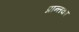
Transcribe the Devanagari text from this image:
प्रान्तका